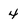
Character: 4